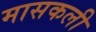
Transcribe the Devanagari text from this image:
मासकली